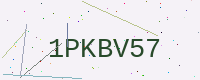
Text: 1PKBV57